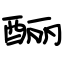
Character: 酾